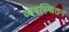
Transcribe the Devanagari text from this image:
व्यवस्थितन